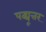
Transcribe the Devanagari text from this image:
पद्व्यूत्तर